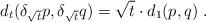
LaTeX: \begin{align*} d_{t}(\delta_{\sqrt{t}}p,\delta_{\sqrt{t}}q) = \sqrt{t}\cdot d_1(p,q)\;.\end{align*}